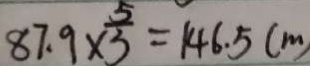
8 7 . 9 \times \frac { 5 } { 3 } = 1 4 6 . 5 ( m )